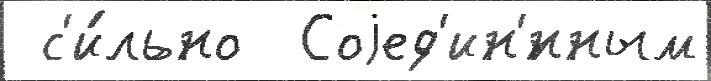
 с'и́льно  Соjед'ин'́нным